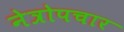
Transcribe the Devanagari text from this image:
नेत्रोपचार